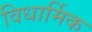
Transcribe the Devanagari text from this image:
विधार्मिक